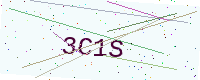
Text: 3C1S